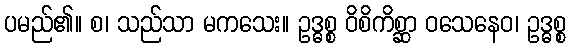
ပမည်၏။ စ၊ သည်သာ မကသေး။ ဥဒ္ဓစ္စ ဝိစိကိစ္ဆာ ဝသေနေဝ၊ ဥဒ္ဓစ္စ